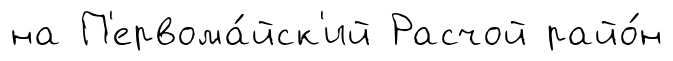
на П'ервома́йск'ий Расчой райо́н